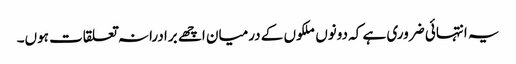
یہ انتہائی ضروری ہے کہ دونوں ملکوں کے درمیان اچھے برادرانہ تعلقات ہوں۔